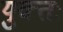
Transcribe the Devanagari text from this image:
युक्‍तः